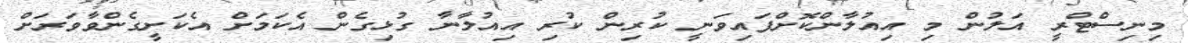
މިނިސްޓްރީ އަލުން މި އިއުލާންކޮށްފައިވަނީ ކުރިން ކުރި އިއުލާނާ ގުޅިގެން އެކަމަށް އެކަށީގެންވާވަރަށް